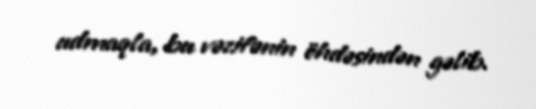
udmaqla, bu vəzifənin öhdəsindən gəlib.